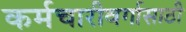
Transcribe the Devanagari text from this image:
कर्मचारीवर्गासाठी